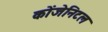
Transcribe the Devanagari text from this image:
कोंजेनिटल